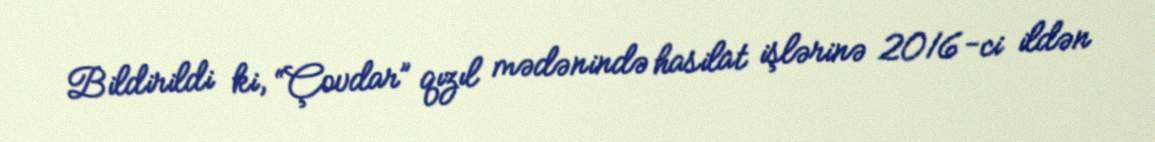
Bildirildi ki, “Çovdar” qızıl mədənində hasilat işlərinə 2016-ci ildən